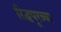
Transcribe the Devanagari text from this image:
रिद्धपूरच्या